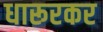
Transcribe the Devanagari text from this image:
धारूरकर